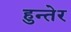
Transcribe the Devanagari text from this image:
हुन्तेर